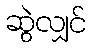
ဆွဲလျှင်